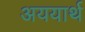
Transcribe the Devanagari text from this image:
अययार्थ